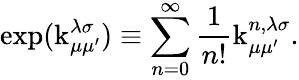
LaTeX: \exp(\operatorname{k}_{\mu\mu^{\prime}}^{\lambda\sigma})\equiv\sum_{n=0}^{\infty}\frac{1}{n!}\operatorname{k}_{\mu\mu^{\prime}}^{n,\lambda\sigma}.